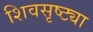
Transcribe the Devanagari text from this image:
शिवसृष्ट्या